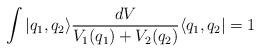
LaTeX: \begin{align*}\int |q_{1},q_{2}\rangle \frac{dV}{V_{1}(q_{1}) + V_{2}(q_{2})}\langle q_{1},q_{2}| = 1\end{align*}